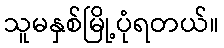
သူမနှစ်မြို့ပုံရတယ်။